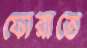
ফোরাতে